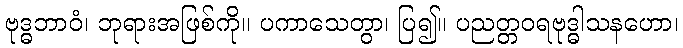
ဗုဒ္ဓဘာဝံ၊ ဘုရားအဖြစ်ကို။ ပကာသေတွာ၊ ပြ၍။ ပညတ္တဝရဗုဒ္ဓါသနဟော၊